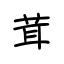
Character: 茸